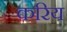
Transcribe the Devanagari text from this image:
करिय